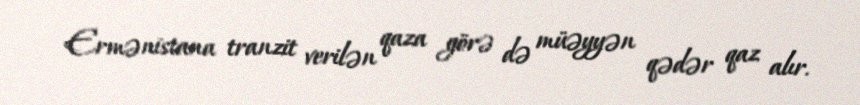
Ermənistana tranzit verilən qaza görə də müəyyən qədər qaz alır.